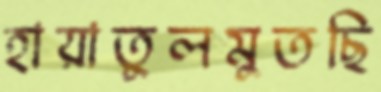
হায়াতুলমুতছি